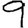
Digit: 9